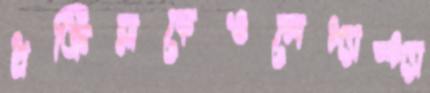
প্রক্রিয়াকেওলেপ্যাস্প্যা